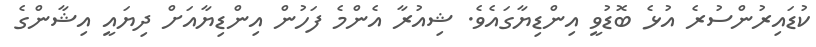
ކުޑައިރުންސުރެ އުޅެ ބޮޑުވީ އިންޑިޔާގައެވެ. ޝިއުރާ އެންމެ ފަހުން އިންޑިޔާއަށް ދިޔައީ އިޝާންގެ